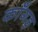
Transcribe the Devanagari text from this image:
काँगड़